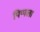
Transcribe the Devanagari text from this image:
पिप्पला